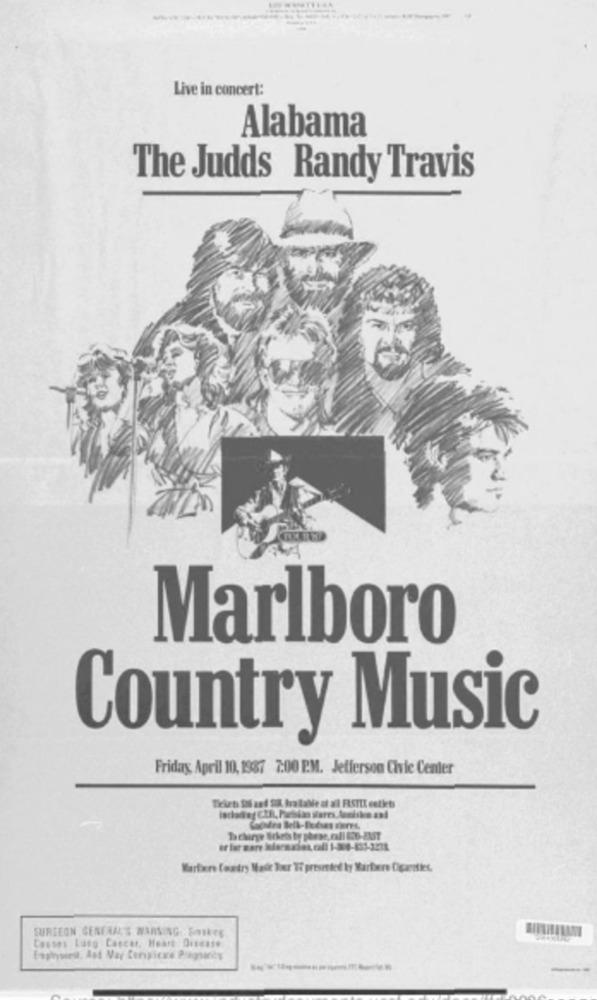
Live in concert:
Alabama
The Judds Randy Travis
Marlboro
Country Music
Friday, April 10,1937 2:00 P.M. Jefferson Civic Center
Ticket foi and SA kralale at al FRSTIL cetkets
Ta chirge Brkets by phese, rall 836-EAST
Warfare feartry Made her Ti presented by Marbere Cigarettes.
SURGEON GENERALS WARNING SIETE
Causes Lung Cancer, Heart Disease
Eaphysiel, Ant Nay Cenyicke Plequirky
---